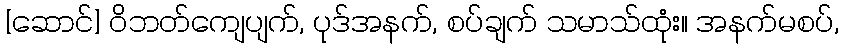
[ဆောင်] ဝိဘတ်ကျေပျက်, ပုဒ်အနက်, စပ်ချက် သမာသ်ထုံး။ အနက်မစပ်,